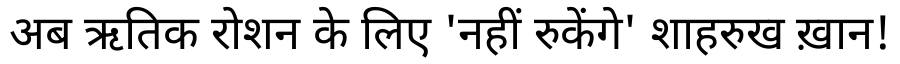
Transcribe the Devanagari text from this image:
अब ऋतिक रोशन के लिए 'नहीं रुकेंगे' शाहरुख ख़ान!